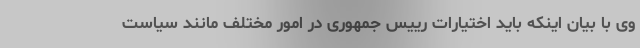
وی با بیان اینکه باید اختیارات رییس جمهوری در امور مختلف مانند سیاست